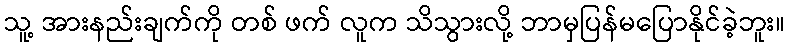
သူ့ အားနည်းချက်ကို တစ် ဖက် လူက သိသွားလို့ ဘာမှပြန်မပြောနိုင်ခဲ့ဘူး။